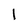
Character: l